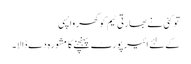
تو کئی نے بھارتی ٹیم کو گھر واپسی
کےلئے ائیر پورٹ پہنچنے کا مشورہ دے ڈالا۔